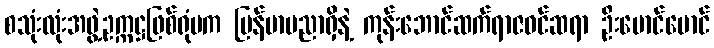
စသုံးလုံးအဖွဲ့ဥက္ကဋ္ဌဖြစ်ရုံမက မြန်မာပညာရှိနဲ့ ကုန်းဘောင်ဆက်ရာဇဝင်ဆရာ ဦးမောင်မောင်